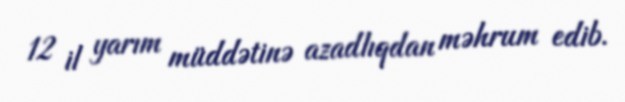
12 il yarım müddətinə azadlıqdan məhrum edib.